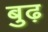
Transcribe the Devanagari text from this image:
बुढ़